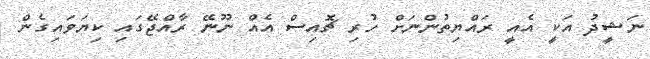
ނަޝީދު އަކީ އެއީ ރައްޔިތުންނަށް ހުރި ޗޮއިސް އެއް ނޫނޭ ރާއްޖޭގައި ކިޔަވައިގެން